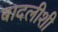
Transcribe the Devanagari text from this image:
बादलीशी